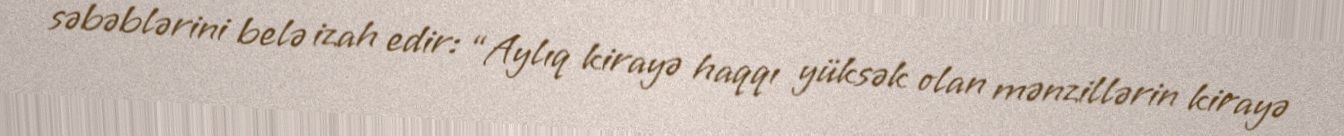
səbəblərini belə izah edir: “Aylıq kirayə haqqı yüksək olan mənzillərin kirayə